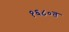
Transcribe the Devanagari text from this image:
१६८०त